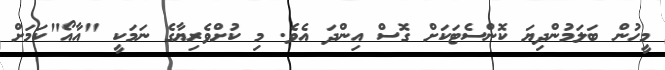
މީހުން ބަލަމުންދިޔަ ކޮންސެޓަކަށް ގޮސް އިންދަ އެވެ. މި ކުށްވެރިޔާގެ ނަމަކީ "އާއޯ"ކަމަށް